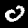
Label: 0